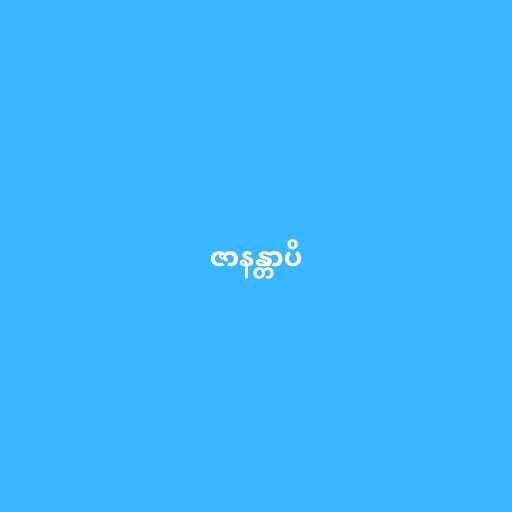
ဇာနန္တာပိ